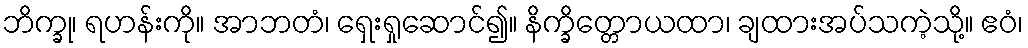
ဘိက္ခု၊ ရဟန်းကို။ အာဘတံ၊ ရှေးရှုဆောင်၍။ နိက္ခိတ္တောယထာ၊ ချထားအပ်သကဲ့သို့။ ဧဝံ၊